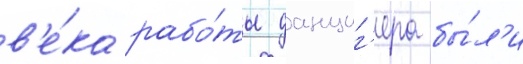
в'е́ка рабо́ты данциг'ера бы́л'и